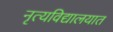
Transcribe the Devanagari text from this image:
नृत्यविद्यालयात